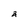
Character: a